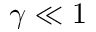
\gamma \ll 1